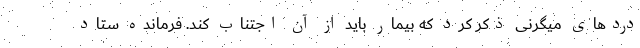
دردهای میگرنی ذکر کرد که بیمار باید از آن اجتناب کند. فرمانده ستاد